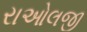
રાઓલજી